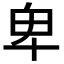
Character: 卑